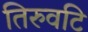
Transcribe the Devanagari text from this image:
तिरुवटि